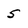
Character: 5